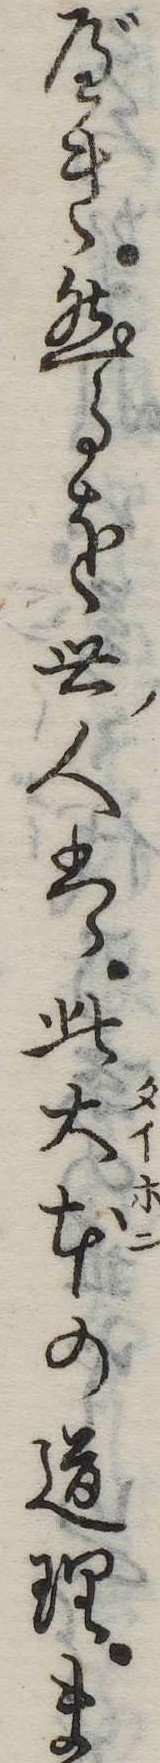
べき然るを世人は此大本の道理ま